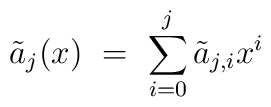
\tilde a_j (x) \ = \ \sum_{i=0}^{j} \tilde a_{j,i} x^i